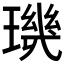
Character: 𱯠